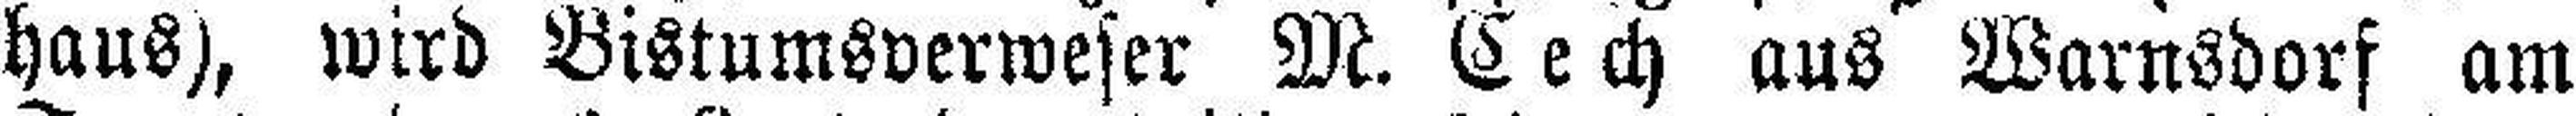
haus), wird Bistumsverweser M. Cech aus Warnsdorf am